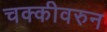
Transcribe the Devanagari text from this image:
चक्कीवरुन